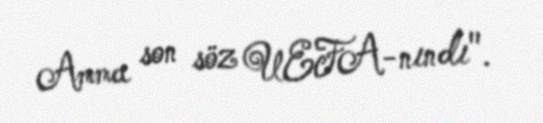
Amma son söz UEFA-nındı".